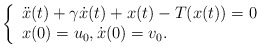
\begin{align*}\left\{\begin{array}{ll}\ddot x(t) + \gamma \dot x(t) + x(t)-T(x(t))=0\\x(0)=u_0, \dot x(0)=v_0.\end{array}\right.\end{align*}